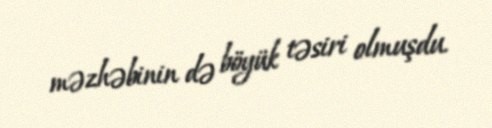
məzhəbinin də böyük təsiri olmuşdu.